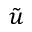
\tilde { u }